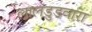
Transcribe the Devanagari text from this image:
लालडुडवारा